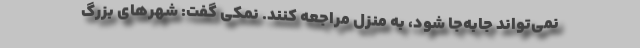
نمی‌تواند جابه‌جا شود، به منزل مراجعه کنند. نمکی گفت: شهرهای بزرگ